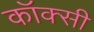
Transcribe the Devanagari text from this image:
कॉक्सी